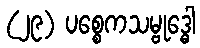
(၂၉) ပစ္စေကသမ္ဗုဒ္ဓေါ